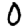
Digit: 0